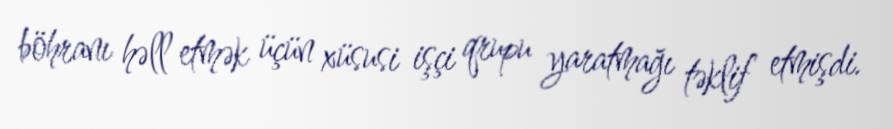
böhranı həll etmək üçün xüsusi işçi qrupu yaratmağı təklif etmişdi.